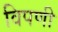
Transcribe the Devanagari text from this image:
विपणी